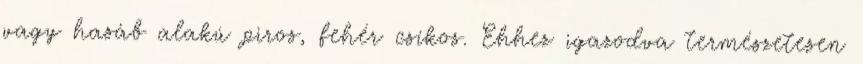
vagy hasáb alakú piros, fehér csíkos. Ehhez igazodva természetesen